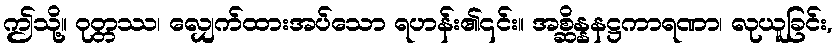
ဤသို့။ ဝုတ္တဿ၊ လျှေက်ထားအပ်သော ရဟန်း၏၎င်း။ အစ္ဆိန္နနဋ္ဌကာရဏာ၊ လုယူခြင်း,